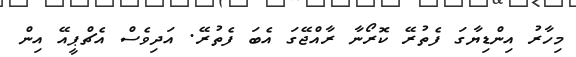
މިހާރު އިންޑިޔާގަ ފެތުރޭ ކޮރޯނާ ރާއްޖޭގަ އެބަ ފެތުރޭ. އަދިވެސް އެޗްޕީއޭ އިން